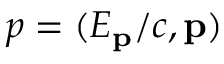
p = ( E _ { \mathbf { p } } / c , \mathbf { p } )